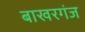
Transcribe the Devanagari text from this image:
बाखरगंज